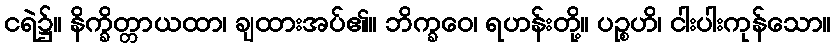
ငရဲ၌။ နိက္ခိတ္တာယထာ၊ ချထားအပ်၏။ ဘိက္ခဝေ၊ ရဟန်းတို့။ ပဉ္စဟိ၊ ငါးပါးကုန်သော။